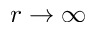
r \to \infty